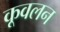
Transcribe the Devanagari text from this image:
कूवलन